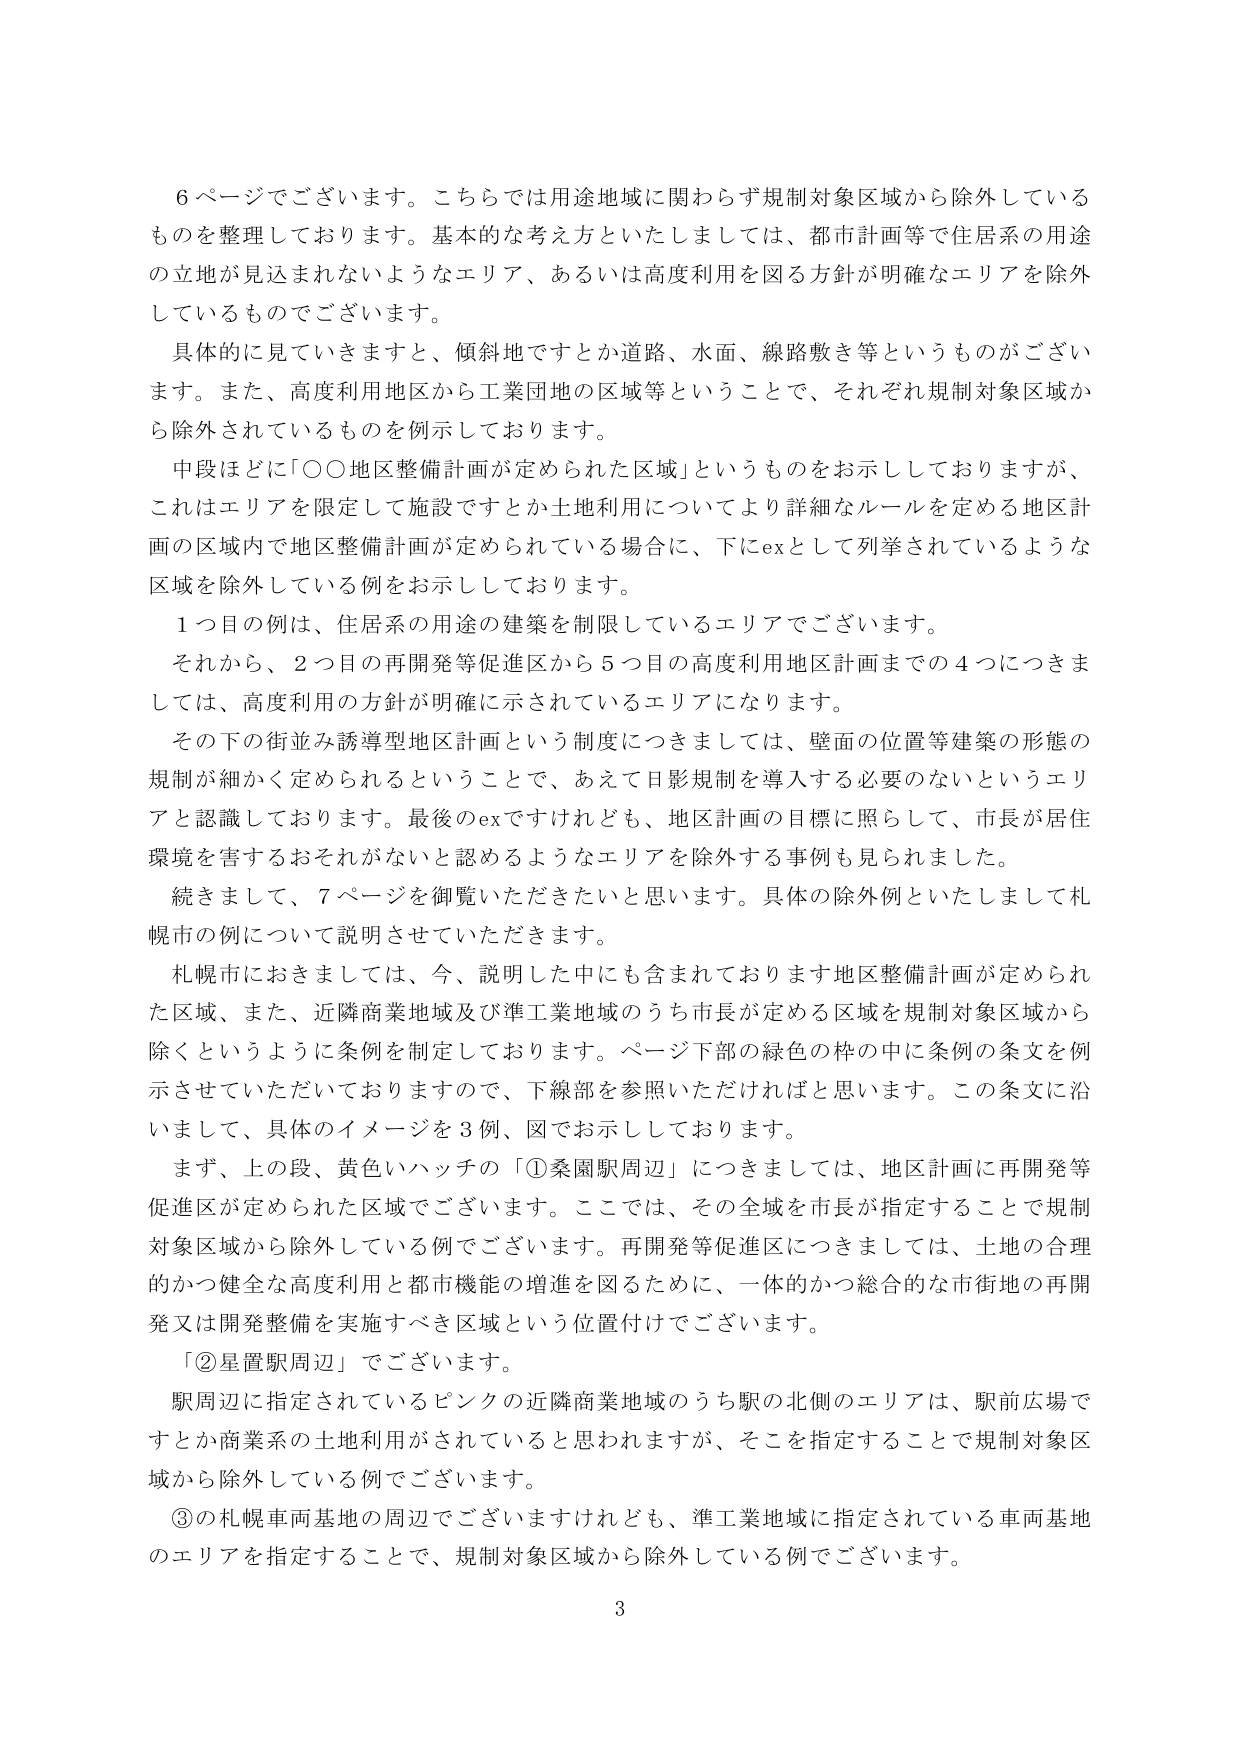
6ページでございます。こちらでは用途地域に関わらず規制対象区域から除外しているものを整理しております。基本的な考え方といたしましては、都市計画等で住居系の用途の立地が見込まれないようなエリア、あるいは高度利用を図る方針が明確なエリアを除外しているものでございます。

具体的に見ていくと、傾斜地ですとか道路、水面、線路敷き等というものがございます。また、高度利用地区から工業団地の区域等ということで、それぞれ規制対象区域から除外されているものを例示しております。

中段ほどに「○○地区整備計画が定められた区域」というものをお示ししておりますが、これはエリアを限定して施設ですとか土地利用についてより詳細なルールを定める地区計画の区域内で地区整備計画が定められている場合に、下にexとして列挙されているような区域を除外している例をお示ししております。

1つ目の例は、住居系の用途の建築を制限しているエリアでございます。

それから、2つ目の再開発等促進区から5つ目の高度利用地区計画までの4つにつきましては、高度利用の方針が明確に示されているエリアになります。

その下の街並み誘導型地区計画という制度につきましては、壁面の位置等建築の形態の規制が細かく定められるということで、あえて日影規制を導入する必要のないというエリアと認識しております。最後のexですけれども、地区計画の目標に照らして、市長が居住環境を害するおそれがないと認めるようなエリアを除外する事例も見られました。

続きまして、7ページを御覧いただきたいと思います。具体の除外例といたしまして札幌市の例について説明させていただきます。

札幌市におきましては、今、説明した中にも含まれております地区整備計画が定められた区域、また、近隣商業地域及び準工業地域のうち市長が定める区域を規制対象区域から除くというように条例を制定しております。ページ下部の緑色の枠の中に条例の条文を例示させていただいておりますので、下線部を参照いただければと思います。この条文に沿いまして、具体的イメージを3例、図でお示ししております。

まず、上の段、黄色いハッチの「①桑園駅周辺」につきましては、地区計画に再開発等促進区が定められた区域でございます。ここでは、その全域を市長が指定することで規制対象区域から除外している例でございます。再開発等促進区につきましては、土地の合理的かつ健全な高度利用と都市機能の増進を図るために、一体的かつ総合的な市街地の再開発又は開発整備を実施すべき区域という位置付けでございます。

「②星置駅周辺」でございます。

駅周辺に指定されているピンクの近隣商業地域のうち駅の北側のエリアは、駅前広場ですとか商業系の土地利用がされていると思われますが、そこを指定することで規制対象区域から除外している例でございます。

③の札幌車両基地の周辺でございますけれども、準工業地域に指定されている車両基地のエリアを指定することで、規制対象区域から除外している例でございます。

3